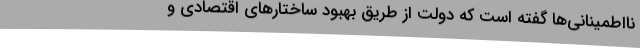
نااطمینانی‌ها گفته است که دولت از طریق بهبود ساختارهای اقتصادی و